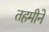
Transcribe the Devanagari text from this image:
तहमीने